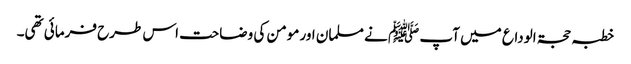
خطبہ حجۃ الوداع میں آپ ﷺ نے مسلمان اور مومن کی وضاحت اس طرح فرمائی تھی۔